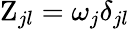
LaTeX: {\mathrm{Z}}_{jl}={\omega}_{j}{\delta}_{jl}